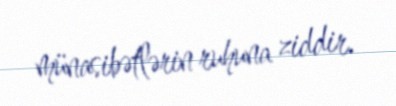
münasibətlərin ruhuna ziddir.